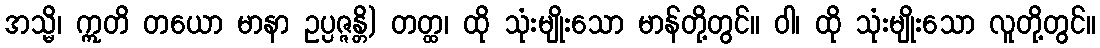
အသ္မိ၊ ဣတိ တယော မာနာ ဥပ္ပဇ္ဇန္တိ) တတ္ထ၊ ထို သုံးမျိုးသော မာန်တို့တွင်။ ဝါ၊ ထို သုံးမျိုးသော လူတို့တွင်။